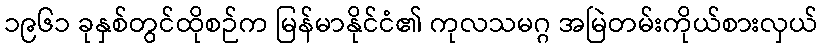
၁၉၆၁ ခုနှစ်တွင်ထိုစဉ်က မြန်မာနိုင်ငံ၏ ကုလသမဂ္ဂ အမြဲတမ်းကိုယ်စားလှယ်